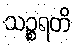
သဉ္စရတိ